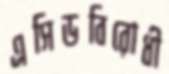
এসিডবিরোধী